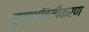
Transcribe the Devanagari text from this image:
रूपपश्चिमीकरण